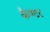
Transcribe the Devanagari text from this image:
कैण्टर